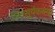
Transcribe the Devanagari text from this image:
जितसूर्यकन्त्या